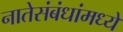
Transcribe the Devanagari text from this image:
नातेसंबंधांमध्ये